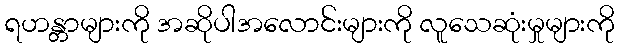
ရဟန္တာများကို အဆိုပါအလောင်းများကို လူသေဆုံးမှုများကို